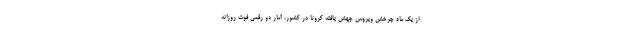
از یک ماه چرخش ویروس جهش یافته کرونا در کشور، آمار دو رقمی فوت روزانه